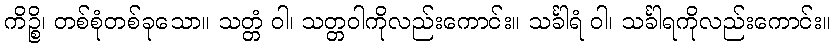
ကိဉ္စိ၊ တစ်စုံတစ်ခုသော။ သတ္တံ ဝါ၊ သတ္တဝါကိုလည်းကောင်း။ သင်္ခါရံ ဝါ၊ သင်္ခါရကိုလည်းကောင်း။